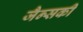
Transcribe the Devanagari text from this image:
जैन्सकी